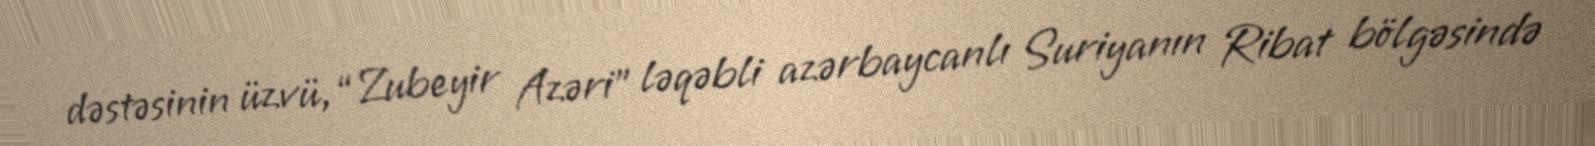
dəstəsinin üzvü, “Zubeyir Azəri” ləqəbli azərbaycanlı Suriyanın Ribat bölgəsində